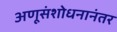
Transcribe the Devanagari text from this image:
अणूसंशोधनानंतर